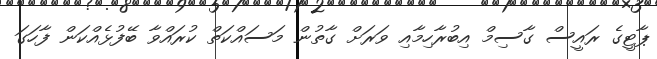
ޕާޓީގެ ރައީސް ގާސިމް އިބުރާހިމާއި ވަރަށް ގާތުން މަސައްކަތް ކުރައްވާ ބޭފުޅެއްކަން ފާހަގަ